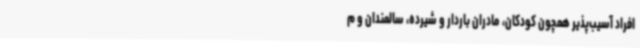
افراد آسیب‌پذیر همچون کودکان، مادران باردار و شیرده، سالمندان و م